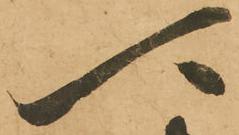
可